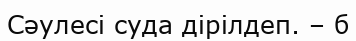
Сәулесі суда дірілдеп. – б